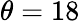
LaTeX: \theta=18